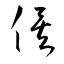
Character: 俟